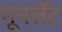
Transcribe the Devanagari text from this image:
मूनलॅट